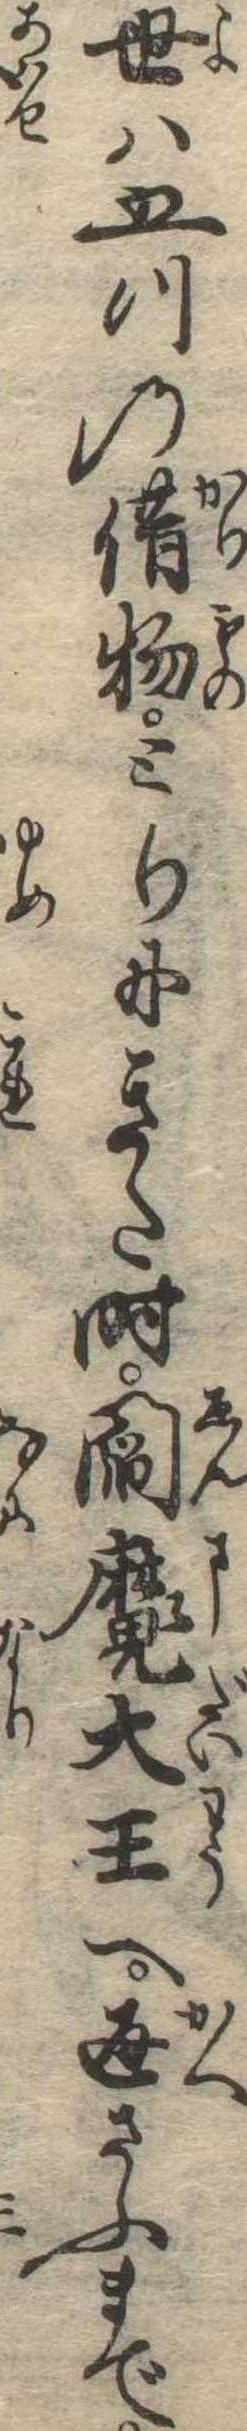
世は五つの借物とりにきた時閻魔大王へ返さふまで